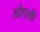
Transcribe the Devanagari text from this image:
ओरली